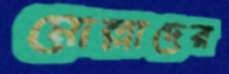
মোল্লাদের